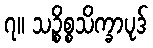
၇။ သဉ္စိစ္စသိက္ခာပုဒ်